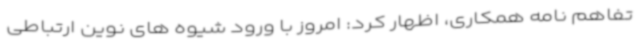
تفاهم نامه همکاری، اظهار کرد: امروز با ورود شیوه های نوین ارتباطی